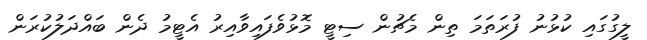
ލީގުގައި ކުޅުނު ފުރަތަމަ ތިން މެޗުން ސިޓީ މޮޅުވެފައިވާއިރު އެޓީމު ދެން ބައްދަލުކުރަން